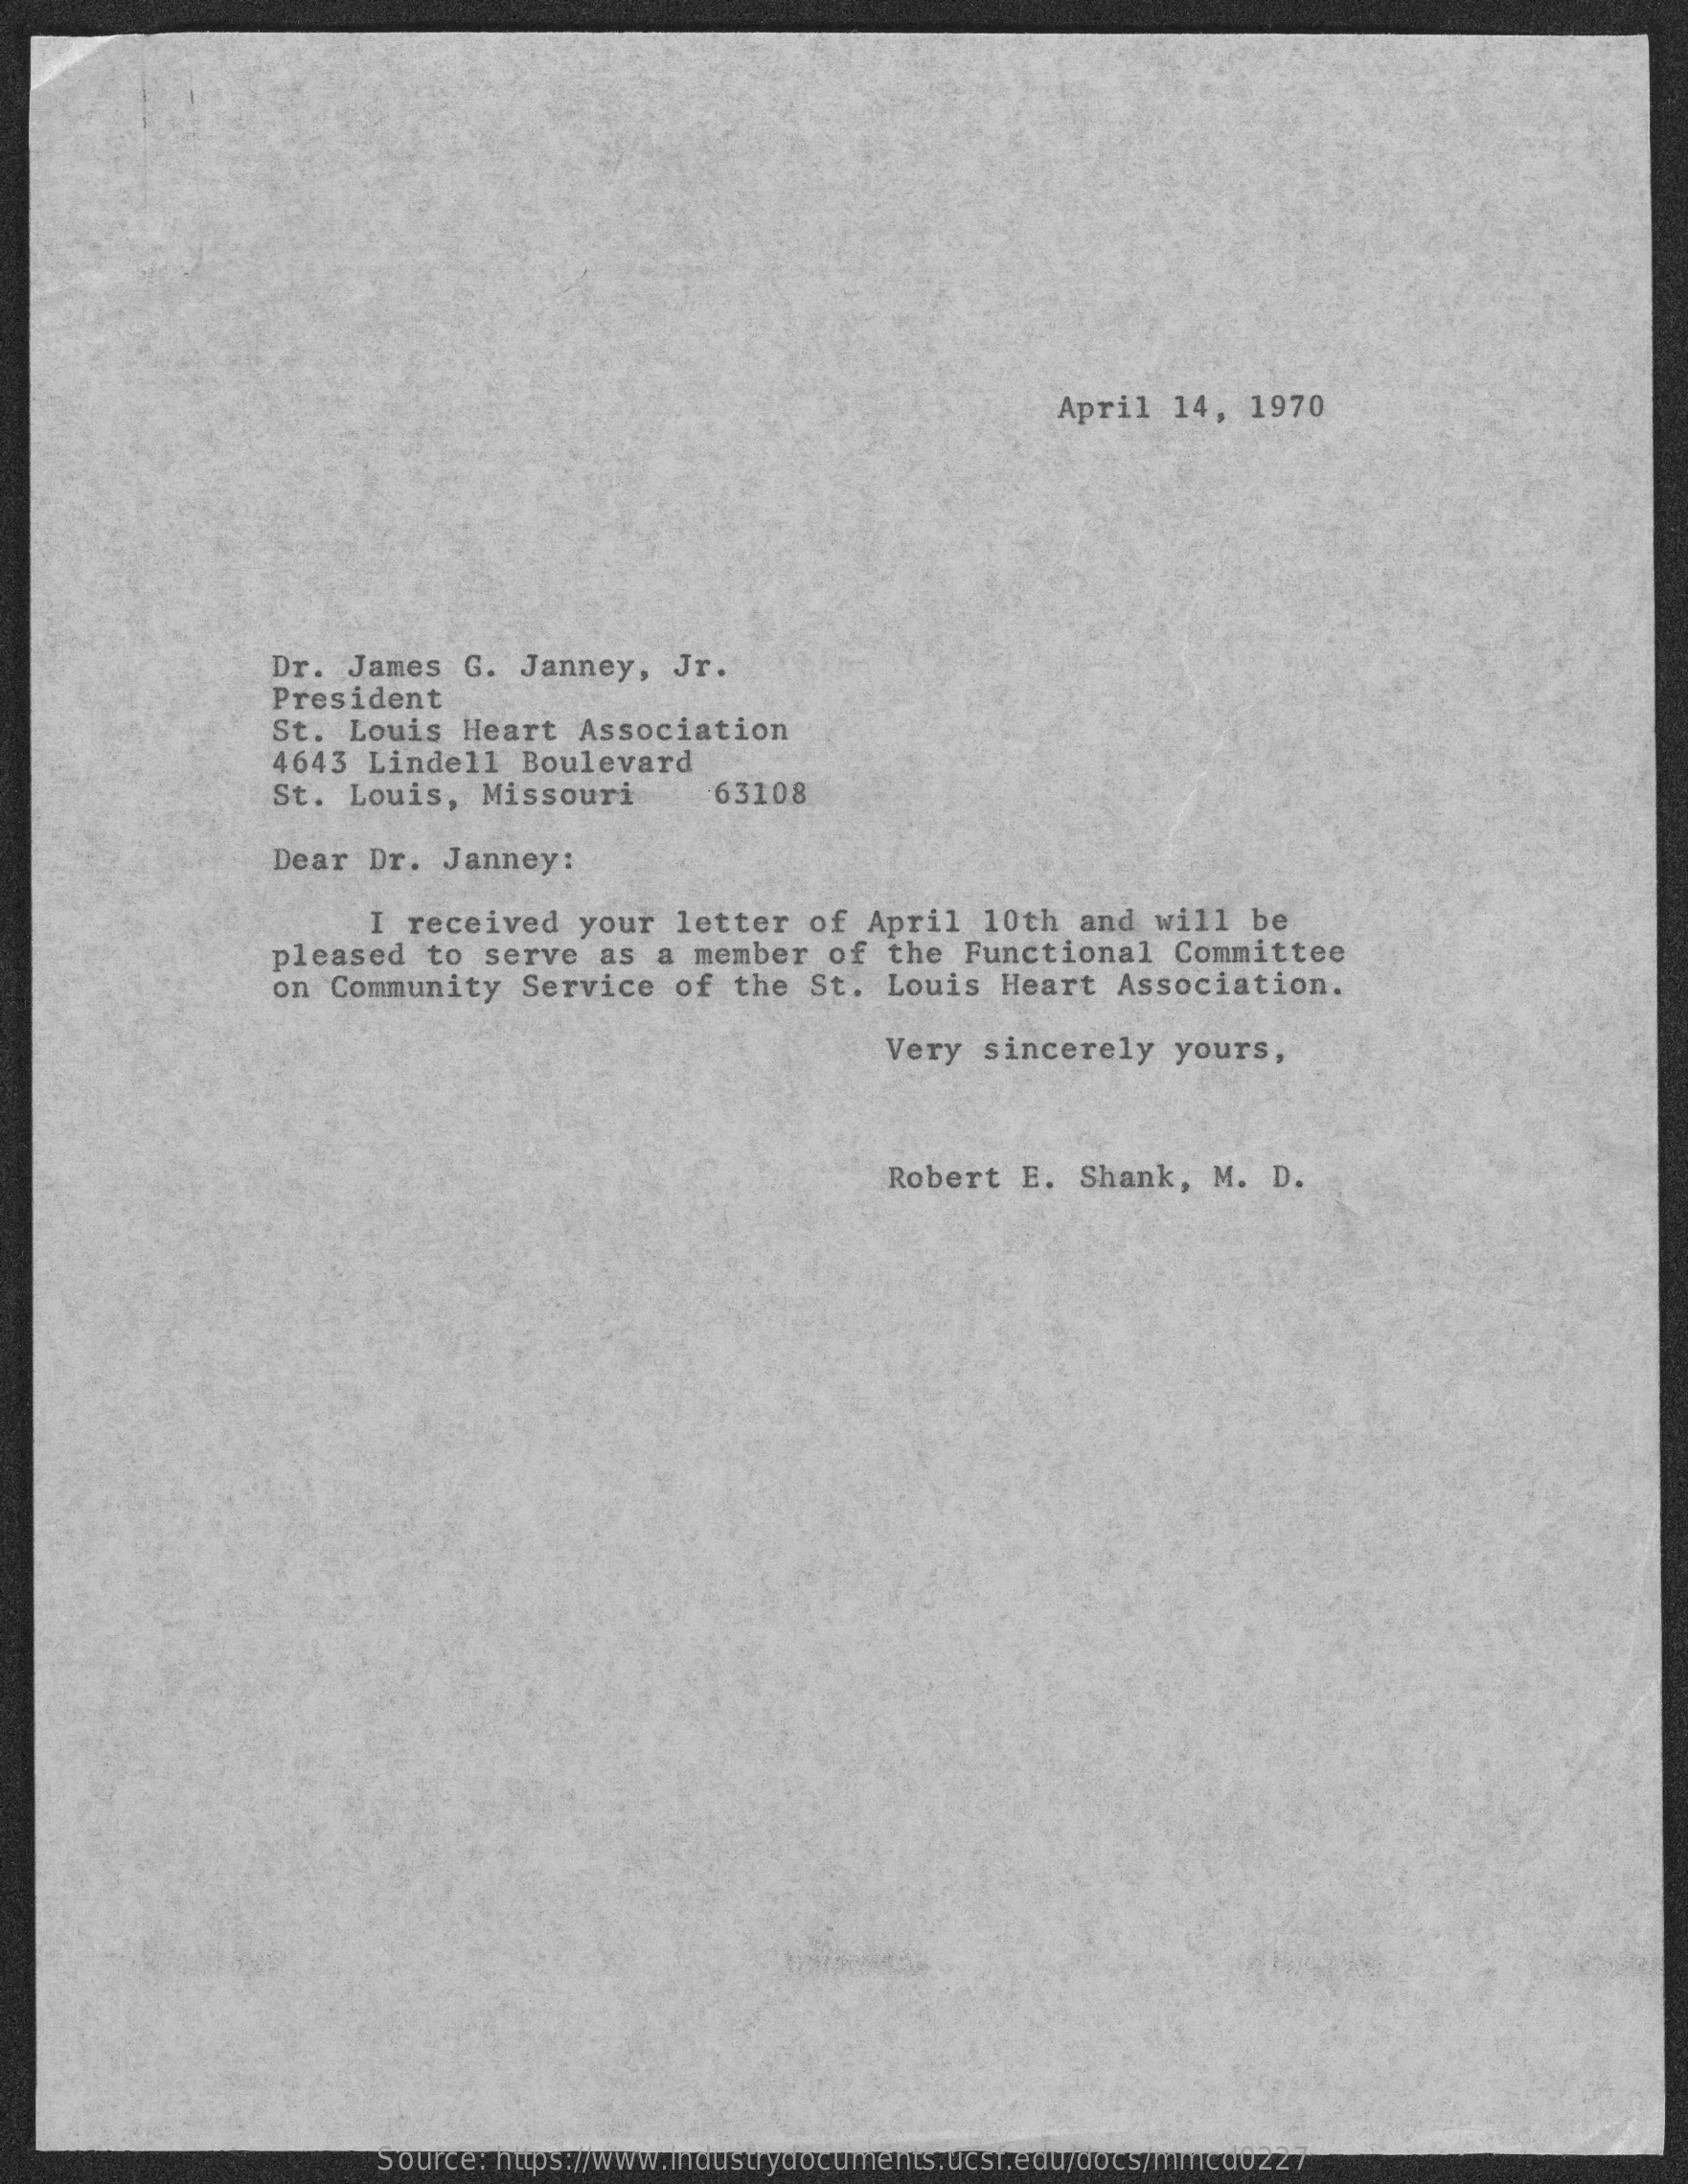
April  14,  1970
     Dr. James  G.  Janney,   Jr.
     President
     St. Louis  Heart   Association
     4643 Lindell   Boulevard
     St. Louis,   Missouri    63108
     Dear Dr.  Janney:
     I received   your  letter  of  April  10th  and  will  be
     pleased  to  serve  as  a member   of the  Functional   Committee
     on Community   Service   of  the St.  Louis  Heart   Association.
     Very  sincerely    yours,
     Robert  E. Shank,   M.  D.
     Source: https://www.industrydocuments.ucsf.edu/docs/mmcd0227